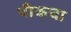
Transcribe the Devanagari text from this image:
पीकचा